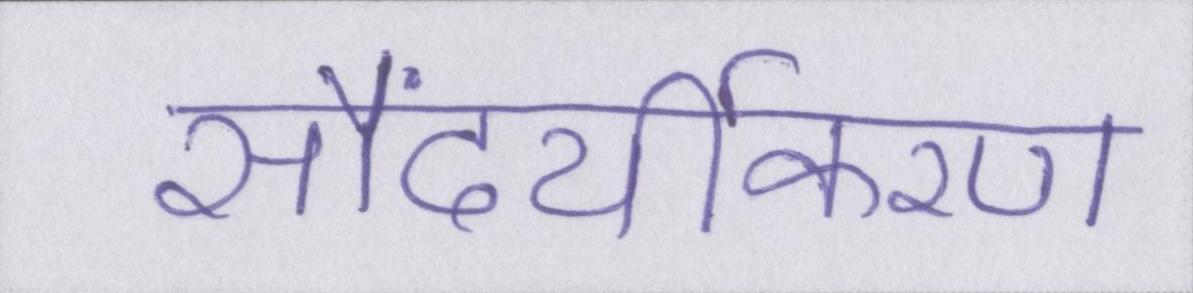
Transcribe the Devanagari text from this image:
सौंदर्यीकरण